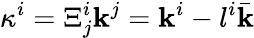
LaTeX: \kappa^{i}=\Xi_{j}^{i}\mathbf{k}^{j}=\mathbf{k}^{i}-l^{i}\bar{{\mathbf{k}}}